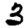
Digit: 3